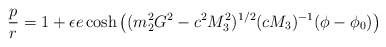
\begin{align*}\frac{p}{r} = 1 + \epsilon e \cosh \left( (m_{2}^{2} G^{2} - c^{2} M_{3}^{2})^{1/2} (cM_{3})^{- 1}(\phi - \phi_{0} )\right)\end{align*}